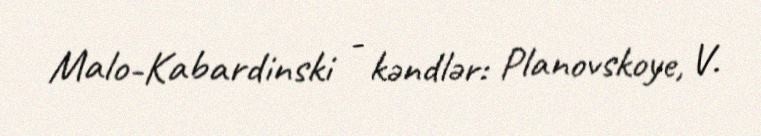
Malo-Kabardinski - kəndlər: Planovskoye, V.